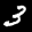
Label: 3